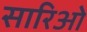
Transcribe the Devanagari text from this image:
सारिओ